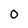
Character: 0